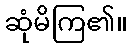
ဆုံမိကြ၏။